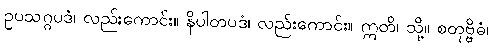
ဥပသဂ္ဂပဒံ၊ လည်းကောင်း။ နိပါတပဒံ၊ လည်းကောင်း။ ဣတိ၊ သို့။ စတုဗ္ဗိဓံ၊